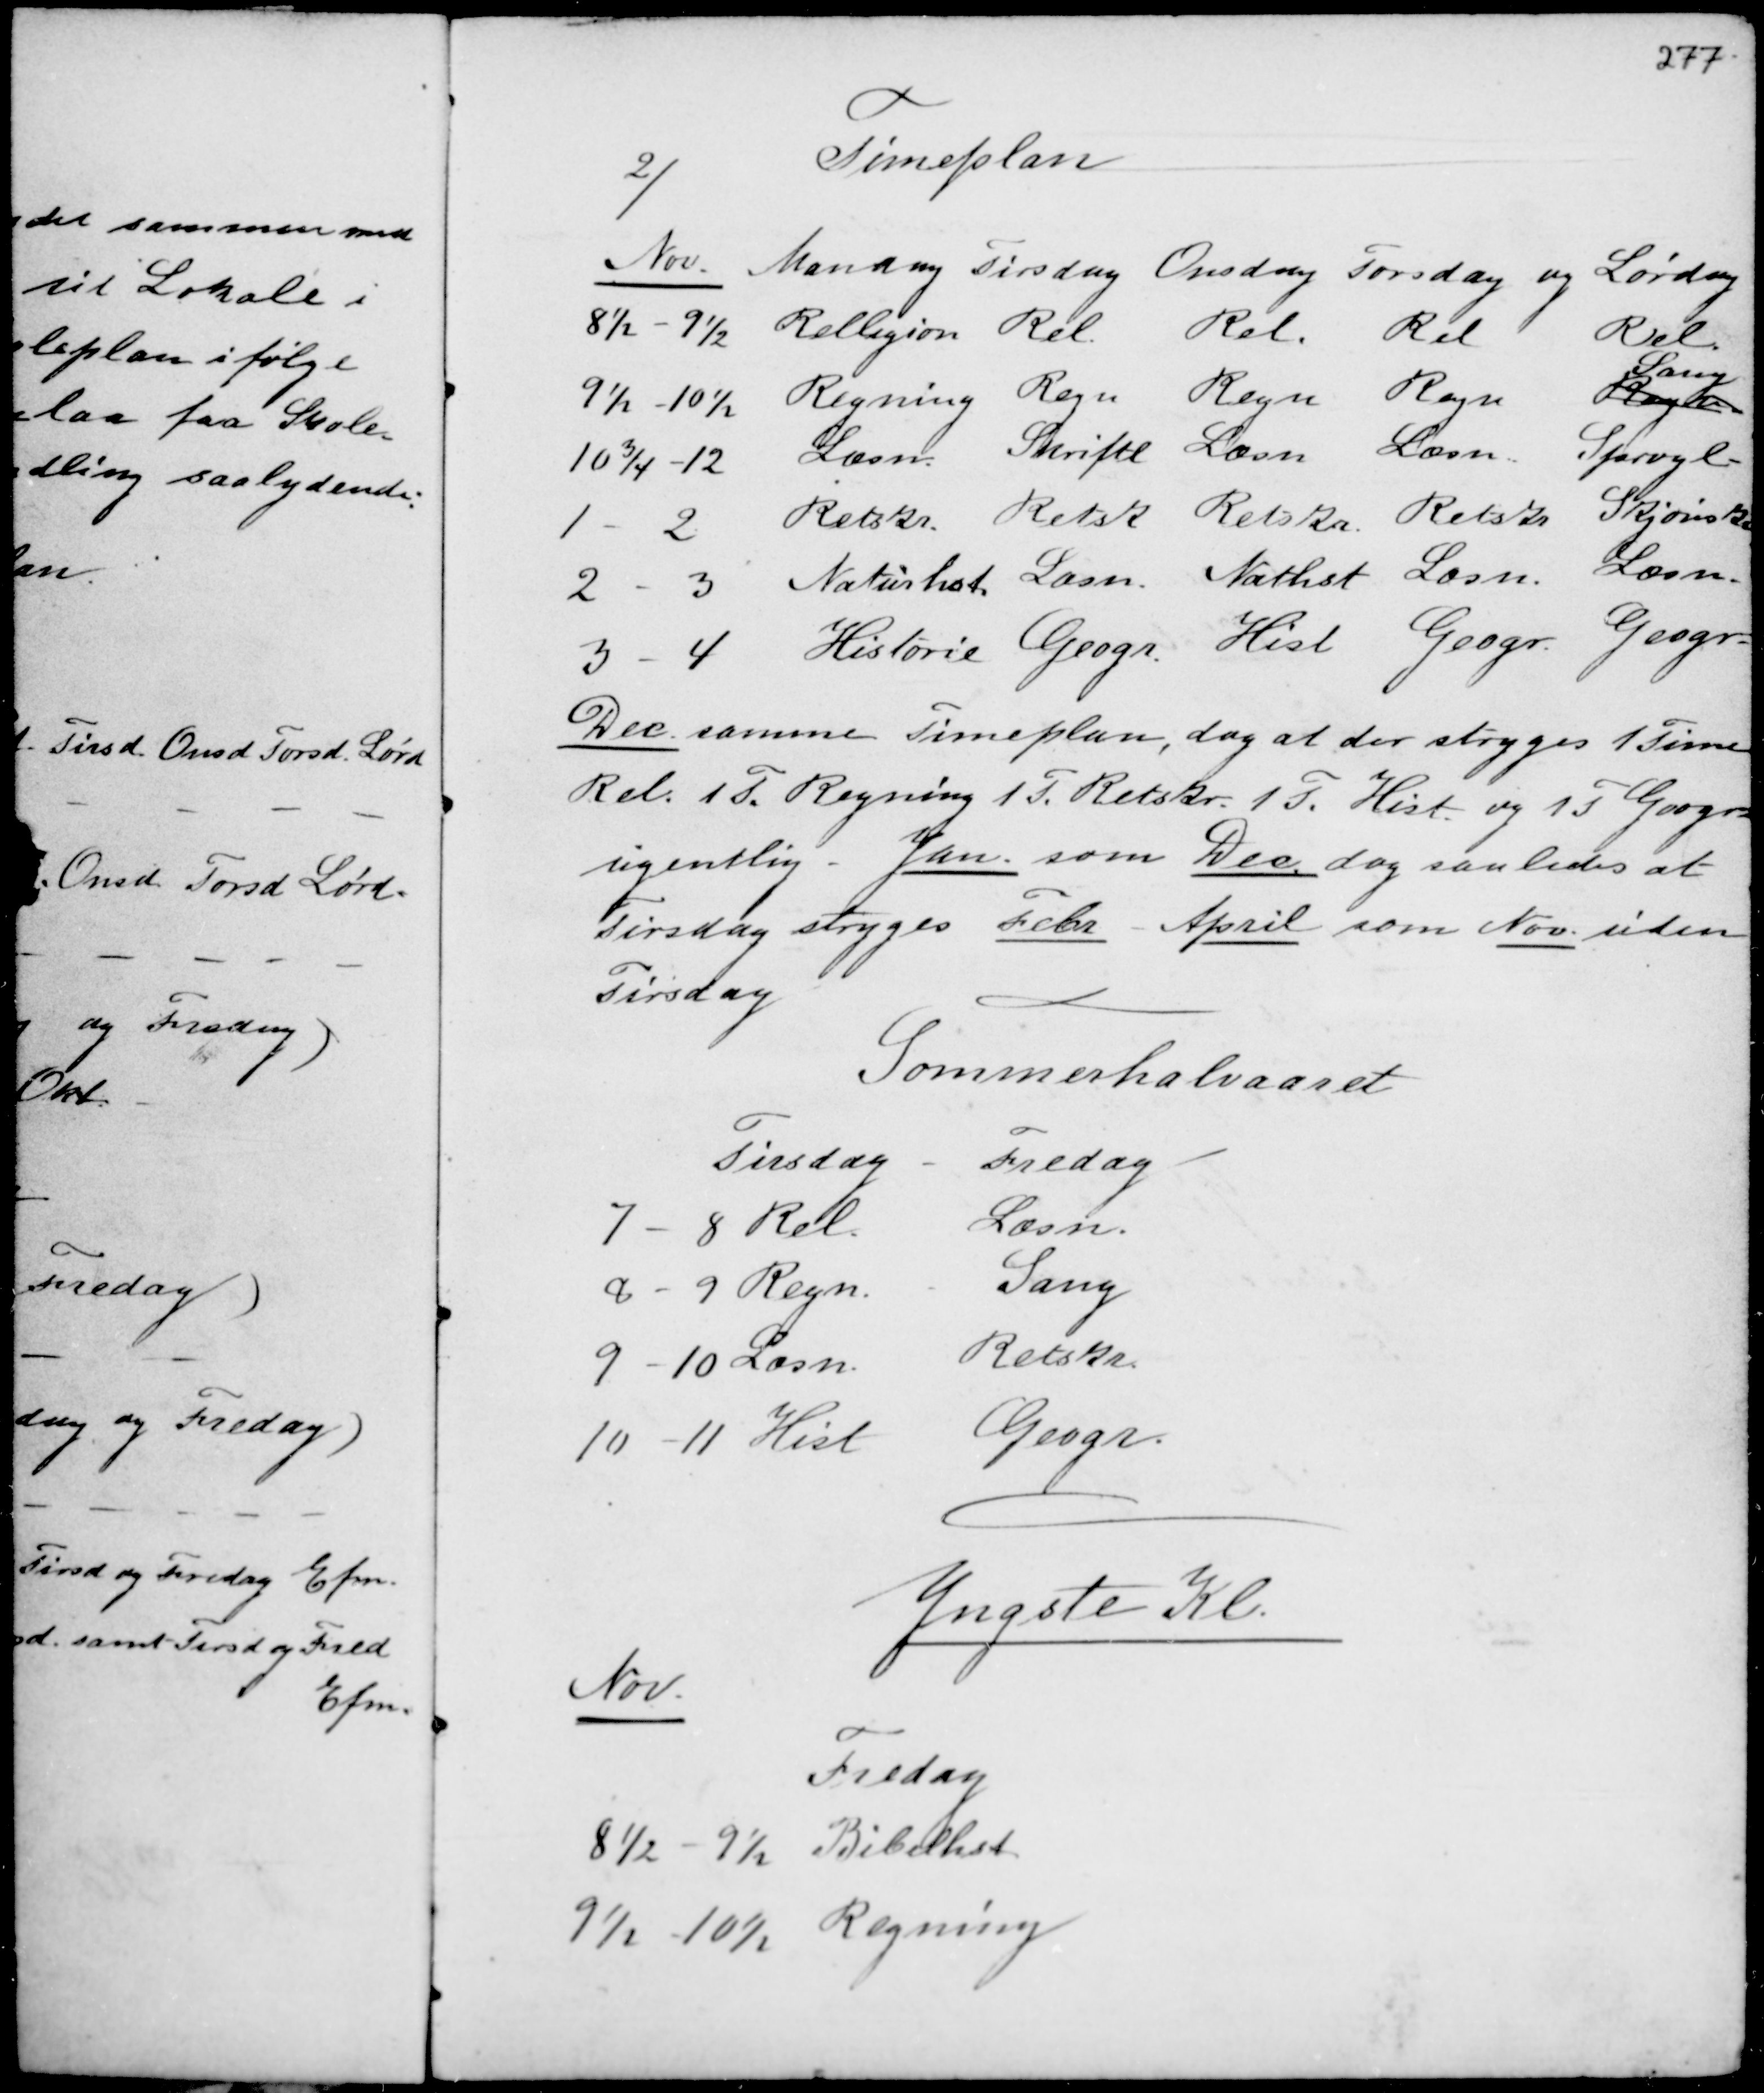
Transskription:
2/
Timeplan

Dec samme Timeplan, dog at der stryges 1 Time
Rel. 1 T. Regning 1 T. Retskr. 1 T. Hist. og 1 T. Geogr
ugentlig Jan. som Dec. dog saaledes at
Tirsdag stryges F.eks. April som Nov. uden
Tirsdag

Sommerhalvaaret

Yngste Kl.
Nov.
Fredag
8½ - 9½ Bibelhst.
9½ - 10½ Regning